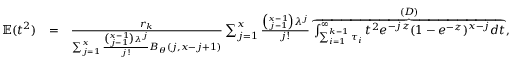
\begin{array} { r l r } { \mathbb { E } ( t ^ { 2 } ) } & { = } & { \frac { r _ { k } } { \sum _ { j = 1 } ^ { x } \frac { \binom { x - 1 } { j - 1 } \lambda ^ { j } } { j ! } B _ { \theta } ( j , x - j + 1 ) } \sum _ { j = 1 } ^ { x } \frac { \binom { x - 1 } { j - 1 } \lambda ^ { j } } { j ! } \overbrace { \int _ { \sum _ { i = 1 } ^ { k - 1 } \tau _ { i } } ^ { \infty } t ^ { 2 } e ^ { - j z } ( 1 - e ^ { - z } ) ^ { x - j } d t } ^ { ( D ) } , } \end{array}